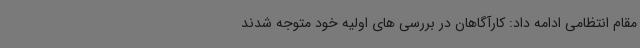
مقام انتظامی ادامه داد: کارآگاهان در بررسی های اولیه خود متوجه شدند